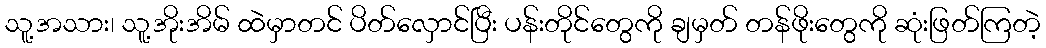
သူ့အသား၊ သူ့အိုးအိမ် ထဲမှာတင် ပိတ်လှောင်ပြီး ပန်းတိုင်တွေကို ချမှတ် တန်ဖိုးတွေကို ဆုံးဖြတ်ကြတဲ့